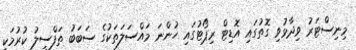
މިނިސްޓަރު ވިދާޅުވި ގޮތުގައި އޮޑިޓް ރިޕޯޓުގައި ހުންނަ މައްސަލަތަކުގެ ސަބަބު ތަފްސީލު ކުރުމަކީ